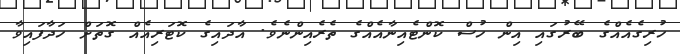
ހުރިގެއެއްގެ ބޭރުގައި އިން ހުސް ކޮންޓެއިނާއެއްގެ ތެރެއިންނެވެ. އާދައިގެ ކޮޓަރިއެއް ގޮތަށް ހަދާފައިވާ